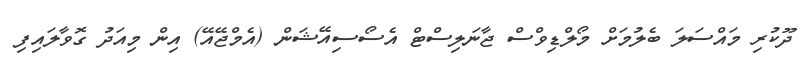
ދޫކުރި މައްސަލަ ބެލުމަށް މޯލްޑިވްސް ޖާނަލިސްޓް އެސޯސިއޭޝަން (އެމްޖޭއޭ) އިން މިއަދު ގޮވާލައިފި